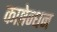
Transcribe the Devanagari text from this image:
काष्ठेन्धन